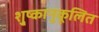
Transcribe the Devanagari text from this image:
शु्ष्कानुकूलित